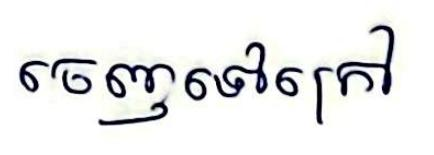
ចេញទៅក្រៅ